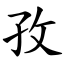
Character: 孜